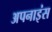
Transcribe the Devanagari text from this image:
अपनाइंस